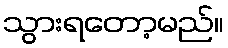
သွားရတော့မည်။